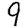
Digit: 9